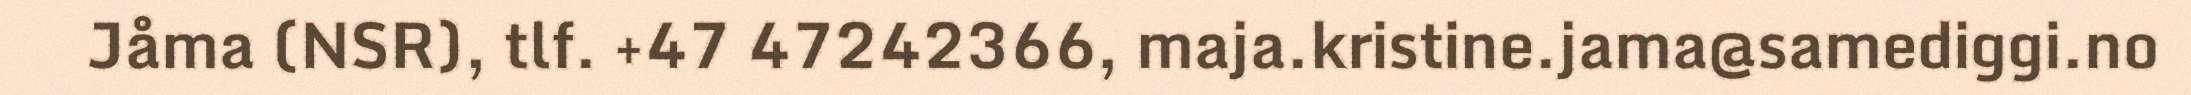
Jåma (NSR), tlf. +47 47242366, maja.kristine.jama@samediggi.no